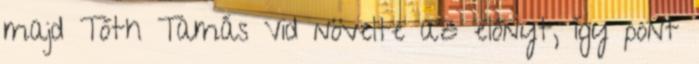
majd Tóth Tamás Vid növelte az előnyt, így pont